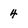
Character: 4